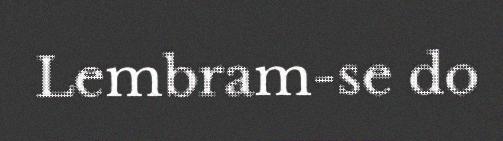
Lembram-se do